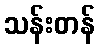
သန်းတန်